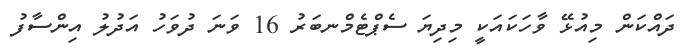
ދައްކަން މިއުޅޭ ވާހަކައަކީ މިދިޔަ ސެޕްޓެމްނބަރު 16 ވަނަ ދުވަހު އަދުލު އިންސާފު